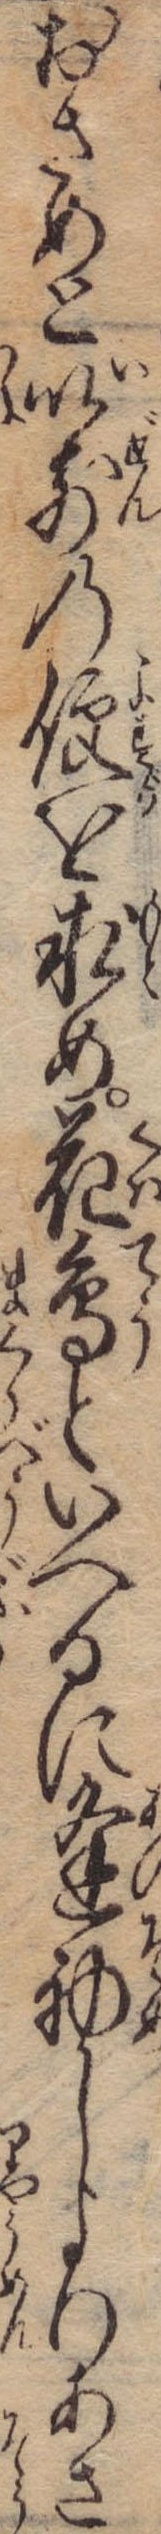
おさめと以前の便を求め花鳥といへるに逢初しよりあさ